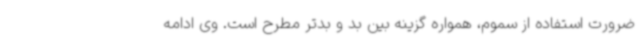
ضرورت استفاده از سموم، همواره گزینه بین بد و بدتر مطرح است. وی ادامه